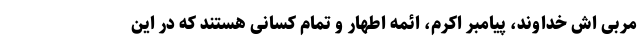
مربی اش خداوند، پیامبر اکرم، ائمه اطهار و تمام کسانی هستند که در این